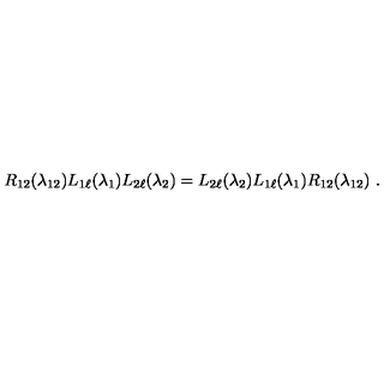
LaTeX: R _ { 1 2 } ( \lambda _ { 1 2 } ) L _ { 1 \ell } ( \lambda _ { 1 } ) L _ { 2 \ell } ( \lambda _ { 2 } ) = L _ { 2 \ell } ( \lambda _ { 2 } ) L _ { 1 \ell } ( \lambda _ { 1 } ) R _ { 1 2 } ( \lambda _ { 1 2 } ) \ .